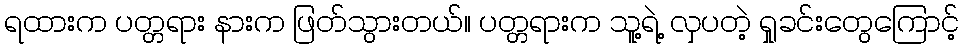
ရထားက ပတ္တရား နားက ဖြတ်သွားတယ်။ ပတ္တရားက သူ့ရဲ့ လှပတဲ့ ရှုခင်းတွေကြောင့်